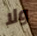
ولا